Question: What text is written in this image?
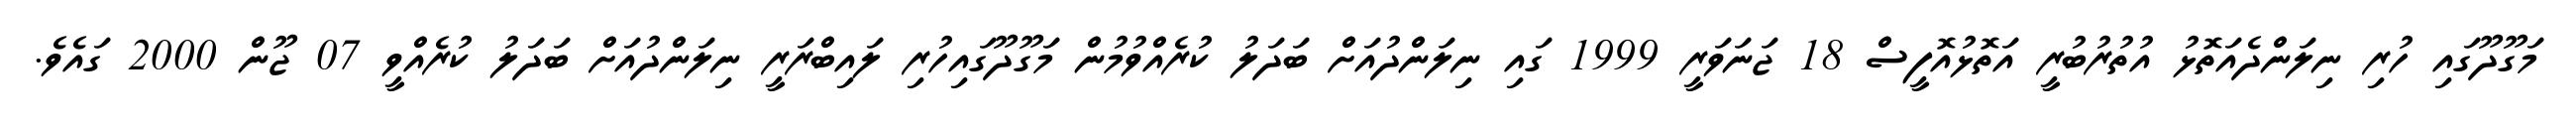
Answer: މަގޫދޫގައި ހުރި ނިލަންދެއަތޮޅު އުތުރުބުރީ އަތޮޅުއޮފީސް 18 ޖަނަވަރީ 1999 ގައި ނިލަންދުއަށް ބަދަލު ކުރެއްވުމުން މަގޫދޫގައިހުރި ލައިބްރަރީ ނިލަންދުއަށް ބަދަލު ކުރެއްވީ 07 ޖޫން 2000 ގައެވެ.